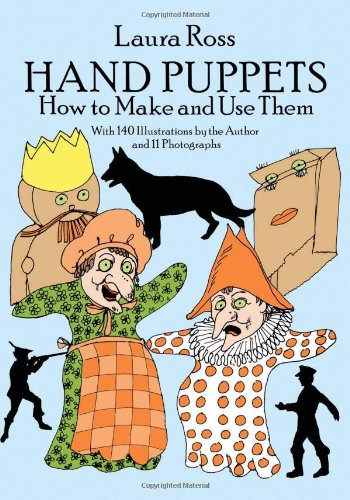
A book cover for Hand Puppets: How to Make and Use Them (Dover Craft Books); Laura Ross; Crafts, Hobbies & Home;